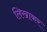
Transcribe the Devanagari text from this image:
लिखाकर